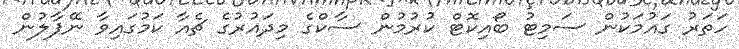
ހަތަރު ގައުމަކުން ސަމިޓު ބޯއިކޮޓް ކުރުމުން ސާކްގެ މިދައުރުގެ ޗެއާ ކަމުގައިވާ ނޭޕާލުން